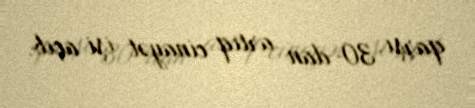
qarşı 30-dan artıq cinayət işi açıb.